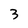
Character: 3